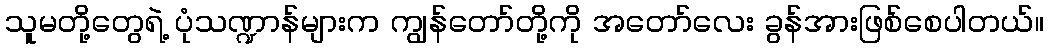
သူမတို့တွေရဲ့ ပုံသဏ္ဍာန်များက ကျွန်တော်တို့ကို အတော်လေး ခွန်အားဖြစ်စေပါတယ်။